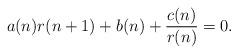
LaTeX: \begin{align*}a(n)r(n+1)+b(n)+\frac{c(n)}{r(n)}=0.\end{align*}